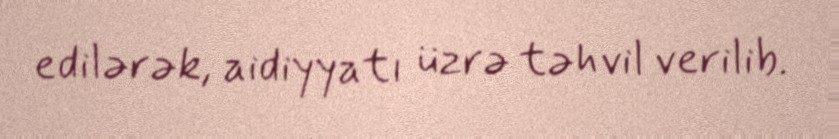
edilərək, aidiyyatı üzrə təhvil verilib.